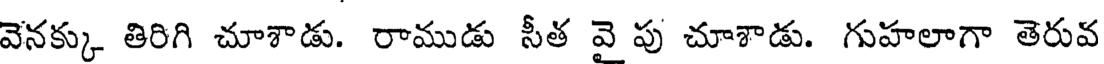
వెనక్కు తిరిగి చూశాడు. రాముడు సీత వై పు చూశాడు. గుహలాగా తెరువ